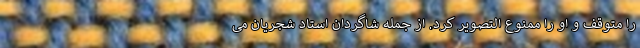
را متوقف و او را ممنوع التصویر کرد. از جمله شاگردان استاد شجریان می